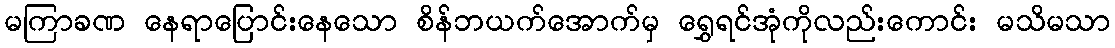
မကြာခဏ နေရာပြောင်းနေသော စိန်ဘယက်အောက်မှ ရွှေရင်အုံကိုလည်းကောင်း မသိမသာ